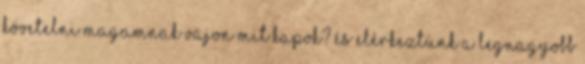
követelni magamnak Vajon mit kapok? És elérkeztünk a legnagyobb